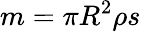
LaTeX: m=\pi R^{2}\rho s